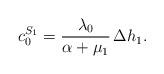
LaTeX: \begin{align*}c^{S_1}_0 = \frac{\lambda_0}{\alpha + \mu_1} \, \Delta h_1.\end{align*}